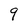
Character: 9